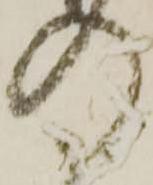
の